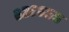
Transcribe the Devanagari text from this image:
६२६६५५